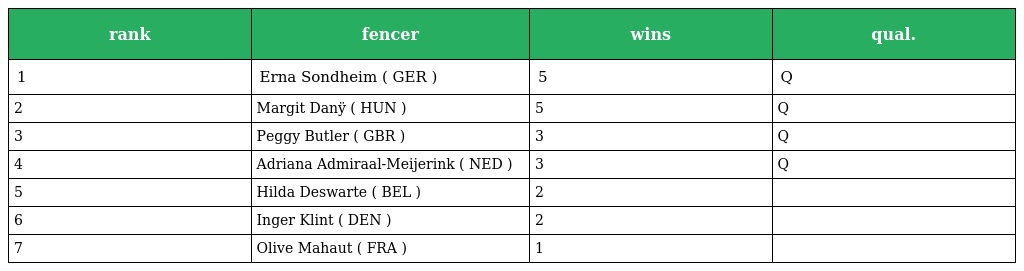
| rank | fencer | wins | qual. |
 | --- | --- | --- | --- |
 | 1 | Erna Sondheim ( GER ) | 5 | Q |
 | 2 | Margit Danÿ ( HUN ) | 5 | Q |
 | 3 | Peggy Butler ( GBR ) | 3 | Q |
 | 4 | Adriana Admiraal-Meijerink ( NED ) | 3 | Q |
 | 5 | Hilda Deswarte ( BEL ) | 2 |  |
 | 6 | Inger Klint ( DEN ) | 2 |  |
 | 7 | Olive Mahaut ( FRA ) | 1 |  |